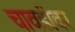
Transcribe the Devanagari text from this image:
चावडीवर